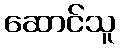
ဆောင်သူ